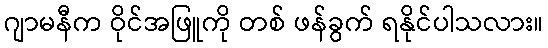
ဂျာမနီက ဝိုင်အဖြူကို တစ် ဖန်ခွက် ရနိုင်ပါသလား။